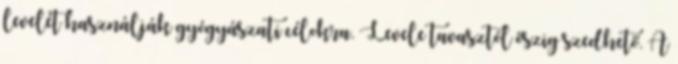
levelét használják gyógyászati célokra. Levele tavasztól őszig szedhető. A